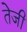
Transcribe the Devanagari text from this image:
तेेजी